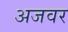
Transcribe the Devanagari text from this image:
अजवर